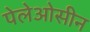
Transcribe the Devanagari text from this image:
पेलेओसीन